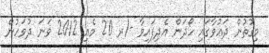
މިގޮތުން ދަޢުވާގައި ހޯދަން އެދިފައިވާ -/ރ 20 މެއި 2012 ވަނަ ދުވަހުން